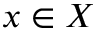
x \in X